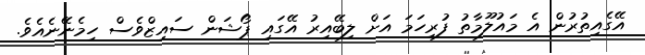
އޭގެއިތުރުން އެ މައުލޫމާތު ފުރިހަމަ އަށް ލިބޭއިރު އޭގައި ޕޯޝަން ސައިޒްވެސް ހިމެނޭނެއެވެ.